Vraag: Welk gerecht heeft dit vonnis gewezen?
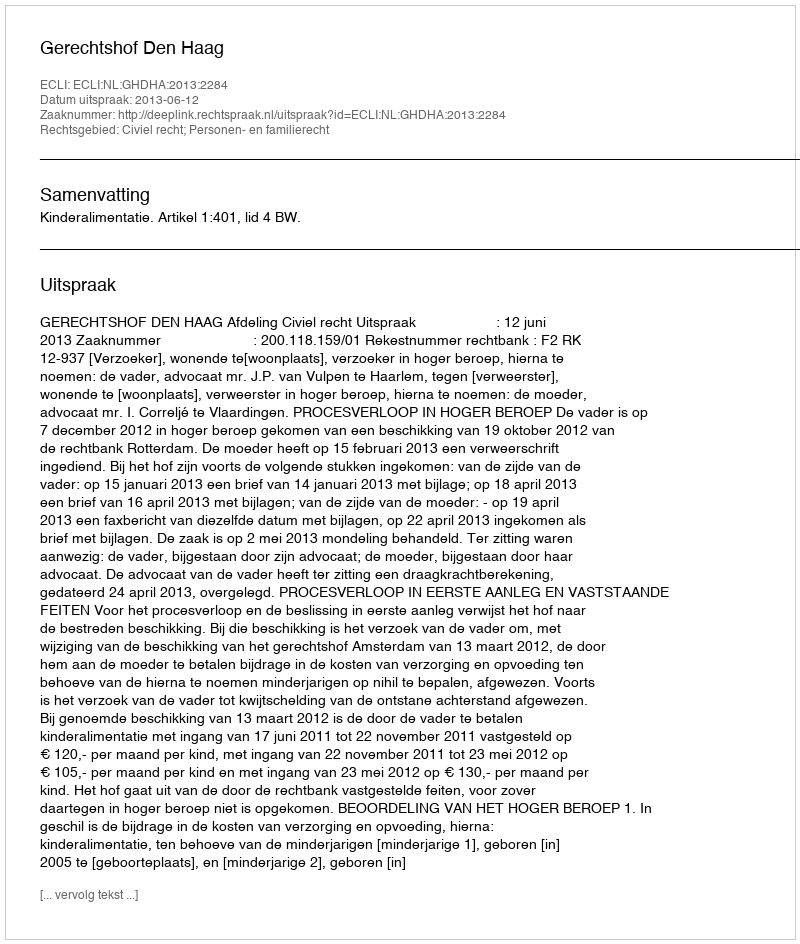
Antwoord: Gerechtshof Den Haag